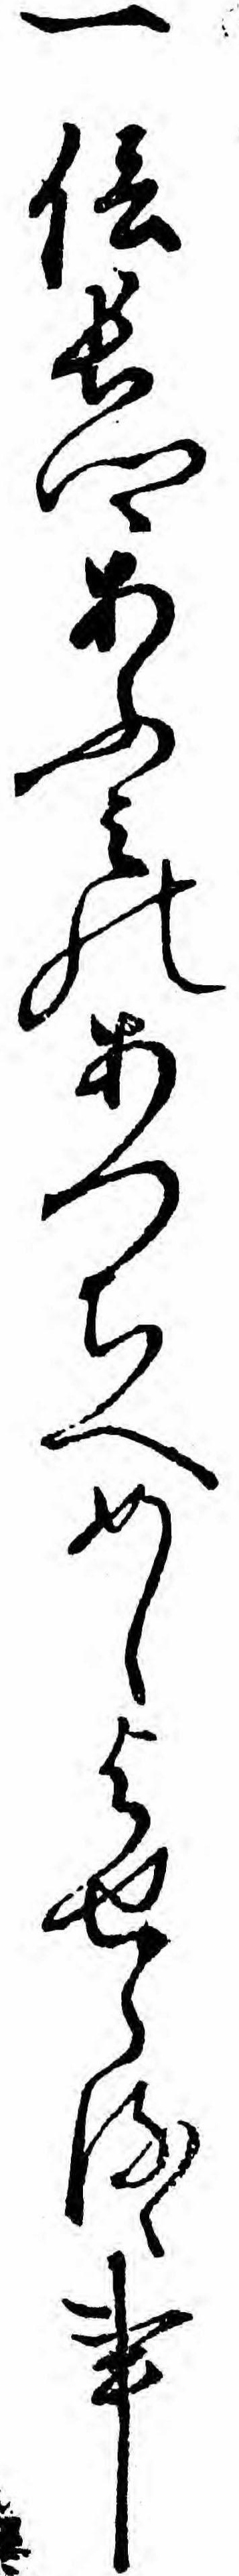
一信長卿あふみのあつちへめしよせらるゝ事